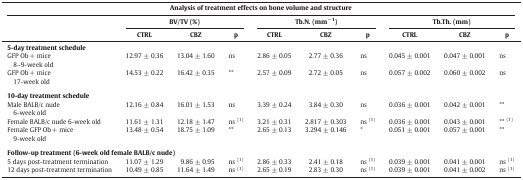
<table><thead><tr><td colspan="10"><b>Analysis of treatment effects on bone volume and structure</b></td></tr><tr><td></td><td colspan="3"><b>BV/TV (%)</b></td><td colspan="3"><b>Tb.N. (mm<sup>− 1</sup>)</b></td><td colspan="3"><b>Tb.Th. (mm)</b></td></tr><tr><td></td><td><b>CTRL</b></td><td><b>CBZ</b></td><td><b>p</b></td><td><b>CTRL</b></td><td><b>CBZ</b></td><td><b>p</b></td><td><b>CTRL</b></td><td><b>CBZ</b></td><td><b>p</b></td></tr></thead><tbody><tr><td colspan="10"><b>5-day treatment schedule</b></td></tr><tr><td>GFP Ob + mice8–9-week old</td><td>12.97 ± 0.36</td><td>13.04 ± 1.60</td><td>ns</td><td>2.86 ± 0.05</td><td>2.77 ± 0.36</td><td>ns</td><td>0.045 ± 0.001</td><td>0.047 ± 0.001</td><td>ns</td></tr><tr><td>GFP Ob + mice17-week old</td><td>14.53 ± 0.22</td><td>16.42 ± 0.35</td><td>**</td><td>2.57 ± 0.09</td><td>2.72 ± 0.05</td><td>ns</td><td>0.057 ± 0.002</td><td>0.060 ± 0.002</td><td>ns</td></tr><tr><td colspan="10">  </td></tr><tr><td colspan="10"><b>10-day treatment schedule</b></td></tr><tr><td>Male BALB/c nude6-week old</td><td>12.16 ± 0.84</td><td>16.01 ± 1.53</td><td>ns</td><td>3.39 ± 0.24</td><td>3.84 ± 0.30</td><td>ns</td><td>0.036 ± 0.001</td><td>0.042 ± 0.001</td><td>**</td></tr><tr><td>Female BALB/c nude 6-week old</td><td>11.61 ± 1.31</td><td>12.18 ± 1.47</td><td>ns <sup>(1)</sup></td><td>3.21 ± 0.31</td><td>2.817 ± 0.303</td><td>ns <sup>(1)</sup></td><td>0.036 ± 0.001</td><td>0.043 ± 0.001</td><td>** <sup>(1)</sup></td></tr><tr><td>Female GFP Ob + mice9-week old</td><td>13.48 ± 0.54</td><td>18.75 ± 1.09</td><td>**</td><td>2.65 ± 0.13</td><td>3.294 ± 0.146</td><td>*</td><td>0.051 ± 0.001</td><td>0.057 ± 0.001</td><td>**</td></tr><tr><td colspan="10">  </td></tr><tr><td colspan="10"><b>Follow-up treatment (6-week old female BALB/c nude)</b></td></tr><tr><td>5 days post-treatment termination</td><td>11.07 ± 1.29</td><td>9.86 ± 0.95</td><td>ns <sup>(1)</sup></td><td>2.86 ± 0.33</td><td>2.41 ± 0.18</td><td>ns <sup>(1)</sup></td><td>0.039 ± 0.001</td><td>0.041 ± 0.001</td><td>ns <sup>(1)</sup></td></tr><tr><td>12 days post-treatment termination</td><td>10.49 ± 0.85</td><td>11.64 ± 1.49</td><td>ns <sup>(1)</sup></td><td>2.65 ± 0.19</td><td>2.83 ± 0.30</td><td>ns <sup>(1)</sup></td><td>0.039 ± 0.001</td><td>0.041 ± 0.002</td><td>ns <sup>(1)</sup></td></tr></tbody></table>